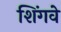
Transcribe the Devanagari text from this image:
शिंगवे